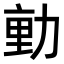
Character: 𭄴